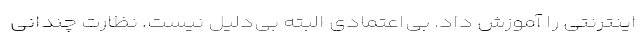
اینترنتی را آموزش داد. بی‌اعتمادی البته بی‌دلیل نیست. نظارت چندانی